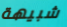
شبيهة